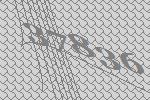
37836